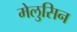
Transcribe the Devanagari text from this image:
मेलुसिन